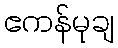
ဧကန်မုချ